Indian journal of veterinary science and animal husbandry - Volume 12,
Year: 1942
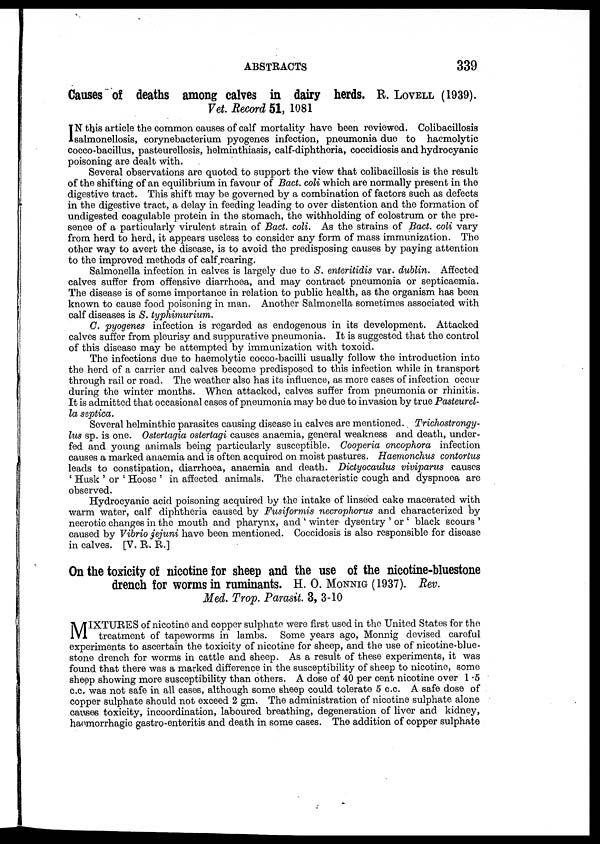
ABSTRACTS
339
Causes of deaths among calves in dairy herds. R. LOVELL (1939).
Vet. Record 51, 1081
I N this article the common causes of calf mortality have been reviewed. Colibacillosis
salmonellosis, corynebacterium pyogenes infection, pneumonia due to haemolytic
cocco-bacillus, pasteurellosis, helminthiasis, calf-diphtheria, coccidiosis and hydrocyanic
poisoning are dealt with.
Several observations are quoted to support the view that colibacillosis is the result
of the shifting of an equilibrium in favour of Bact. coli which are normally present in the
digestive tract. This shift may be governed by a combination of factors such as defects
in the digestive tract, a delay in feeding leading to over distention and the formation of
undigested coagulable protein in the stomach, the withholding of colostrum or the pre-
sence of a particularly virulent strain of Bact. coli. As the strains of Bact. coli vary
from herd to herd, it appears useless to consider any form of mass immunization. The
other way to avert the disease, is to avoid the predisposing causes by paying attention
to the improved methods of calf rearing.
Salmonella infection in calves is largely due to S. enteritidis var. dublin. Affected
calves suffer from offensive diarrhoea, and may contract pneumonia or septicaemia.
The disease is of some importance in relation to public health, as the organism has been
known to cause food poisoning in man. Another Salmonella sometimes associated with
calf diseases is S. typhimurium.
G. pyogenes infection is regarded as endogenous in its development. Attacked
calves suffer from pleurisy and suppurative pneumonia. It is suggested that the control
of this disease may be attempted by immunization with toxoid.
The infections due to haemolytic cocco-bacilli usually follow the introduction into
the herd of a carrier and calves become predisposed to this infection while in transport
through rail or road. The weather also has its influence, as more cases of infection occur
during the winter months. When attacked, calves suffer from pneumonia or rhinitis.
It is admitted that occasional cases of pneumonia may be due to invasion by true Pasteurel-
la septica.
Several helminthic parasites causing disease in calves are mentioned.. Trichostrongy-
lus sp. is one. Ostertagia ostertagi causes anaemia, general weakness and death, under-
fed and young animals being particularly susceptible. Cooperia oncophora infection
causes a marked anaemia and is often acquired on moist pastures. Haemonchus contortus
leads to constipation, diarrhoea, anaemia and death. Dictyocaulus viviparus causes
' Husk ' or ' Hoose ' in affected animals. The characteristic cough and dyspnoea are
observed.
Hydrocyanic acid poisoning acquired by the intake of linseed cake macerated with
warm water, calf diphtheria caused by Fusiformis necrophorus and characterized by
necrotic changes in the mouth and pharynx, and ' winter dysentry ' or ' black scours '
caused by Vibrio jejuni have been mentioned. Coccidosis is also responsible for disease
in calves. [V. R. R.]
On the toxicity of nicotine for sheep and the use of the nicotine-bluestone
drench for worms in ruminants. H. O. MONNIG (1937). Rev.
Med. Trop. Parasit. 3, 3-10
M IXTURES of nicotine and copper sulphate were first used in the United States for the
treatment of tapeworms in lambs. Some years ago, Monnig devised careful
experiments to ascertain the toxicity of nicotine for sheep, and the use of nicotine-blue-
stone drench for worms in cattle and sheep. As a result of these experiments, it was
found that there was a marked difference in the susceptibility of sheep to nicotine, some
sheep showing more susceptibility than others. A dose of 40 per cent nicotine over 1.5
c.c. was not safe in all cases, although some sheep could tolerate 5 c.c. A safe dose of
copper sulphate should not exceed 2 gm. The administration of nicotine sulphate alone
causes toxicity, incoordination, laboured breathing, degeneration of liver and kidney,
haomorrhagic gastro-enteritis and death in some cases. The addition of copper sulphate